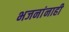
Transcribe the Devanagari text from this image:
भजनांनाही